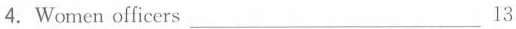
4.Women officers___13